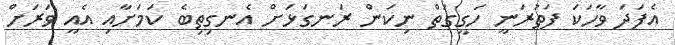
އެފަދަ ވާހަކަ ފަތުރަނީ ހަގީގަތް ނިކަން ރަނގަޅަށް އެނގިތިބެ ކަމަށާއި އެއީ ވަރަށް